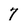
Character: 7